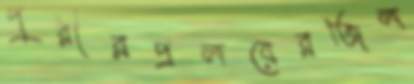
পুরীরপ্রলয়েরজিল